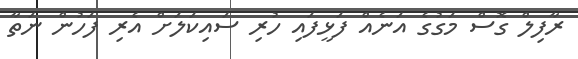
ރާފިލް ގޮސް މަގުގެ އަނެއް ފަޅީފައި ހުރި ސައިކަލަށް އެރި ފަހުން ނަތާ